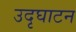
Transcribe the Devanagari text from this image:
उदृघाटन